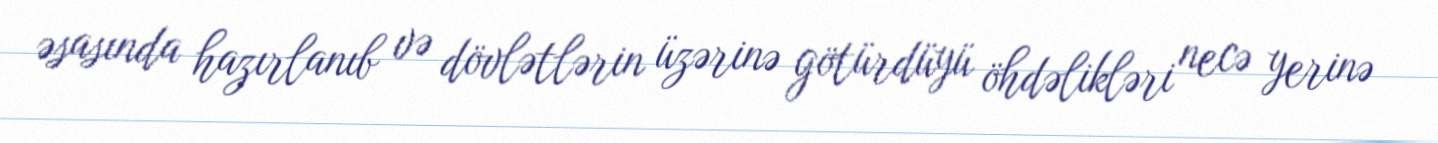
əsasında hazırlanıb və dövlətlərin üzərinə götürdüyü öhdəlikləri necə yerinə